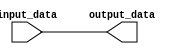
module Sign_Extension(input_data, output_data);
	parameter WIDTH_OF_INPUT_DATA = 8;
        parameter WIDTH_OF_OUTPUT_DATA = 8;
	input  [WIDTH_OF_INPUT_DATA - 1 : 0]input_data;
	output [WIDTH_OF_OUTPUT_DATA - 1 : 0]output_data;

wire [(WIDTH_OF_OUTPUT_DATA - WIDTH_OF_INPUT_DATA) - 1 : 0] extension_of_sign_bit;

genvar i;

generate

for(i = 0; i < WIDTH_OF_OUTPUT_DATA - WIDTH_OF_INPUT_DATA; i = i + 1) begin : generate_extension_of_sign_bit
   assign extension_of_sign_bit[i] = input_data[WIDTH_OF_INPUT_DATA - 1];
end
endgenerate
 
assign output_data = {extension_of_sign_bit, input_data};

endmodule